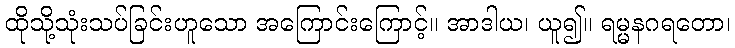
ထိုသို့သုံးသပ်ခြင်းဟူသော အကြောင်းကြောင့်။ အာဒါယ၊ ယူ၍။ ရမ္မနဂရတော၊